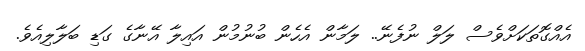
އެއްގޮތަކަށްވެސް ލަލް ނުފެނޭ.. ލަމާން އެހެން ބުނުމުން އައިލާ އޭނާގެ ގަޑި ބަލާލިއެވެ.